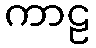
ကာဠ